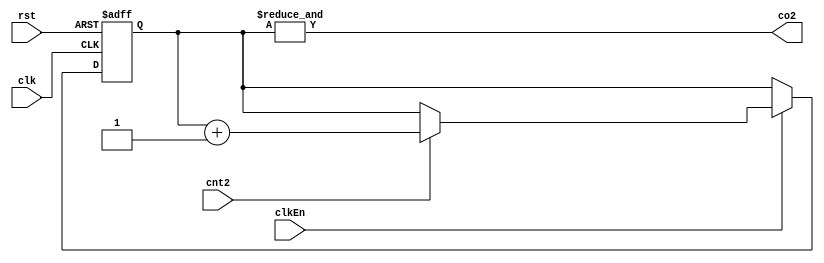
module DataNum_cnt (
    input clk,
    rst,
    clkEn,
    cnt2,
    output reg co2
);
  reg [1:0] count;
  always @(posedge clk, posedge rst) begin
    if (rst) count <= 0;
    else if (clkEn) 
        if (cnt2) count = count + 1;
  end
  assign co2 = &count;

endmodule